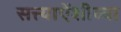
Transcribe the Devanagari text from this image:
सत्त्याऐंशीव्या